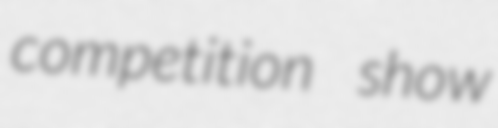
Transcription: competition show